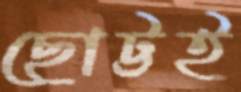
ছোট্টই